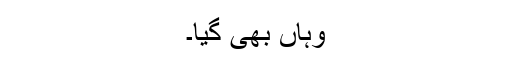
وہاں بھی گیا۔